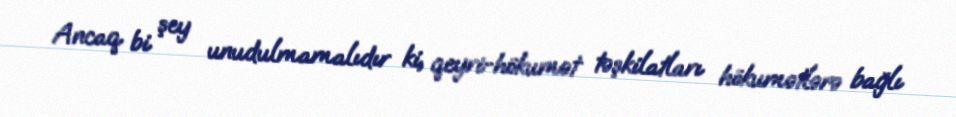
Ancaq bi şey unudulmamalıdır ki, qeyri-hökumət təşkilatları hökumətlərə bağlı